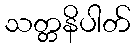
သတ္တနိပါတ်